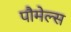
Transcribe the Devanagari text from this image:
पौमेल्स